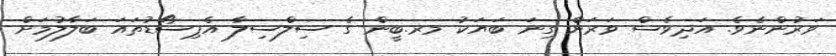
ވަރުންނެވެ. އަދިވެސް ވަރަށް ގިނަ ބަޔަކު މރ.ބީން ގެ ސިލްސިލާ އެޕިސޯޑުތައަ ބަލާލުމަށް